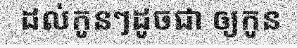
ដល់កូនៗដូចជា ឲ្យកូន